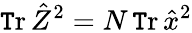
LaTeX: \operatorname{\mathtt{T}r}\hat{{Z}}^{2}=N\operatorname{\mathtt{T}r}\hat{{x}}^{2}